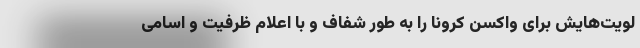
لویت‌هایش برای واکسن کرونا را به طور شفاف و با اعلام ظرفیت و اسامی